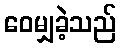
ဝေမျှခဲ့သည်